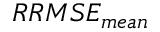
R R M S E _ { m e a n }